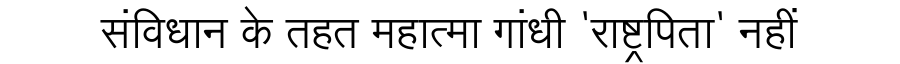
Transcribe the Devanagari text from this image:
संविधान के तहत महात्मा गांधी 'राष्ट्रपिता' नहीं